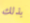
بذلك